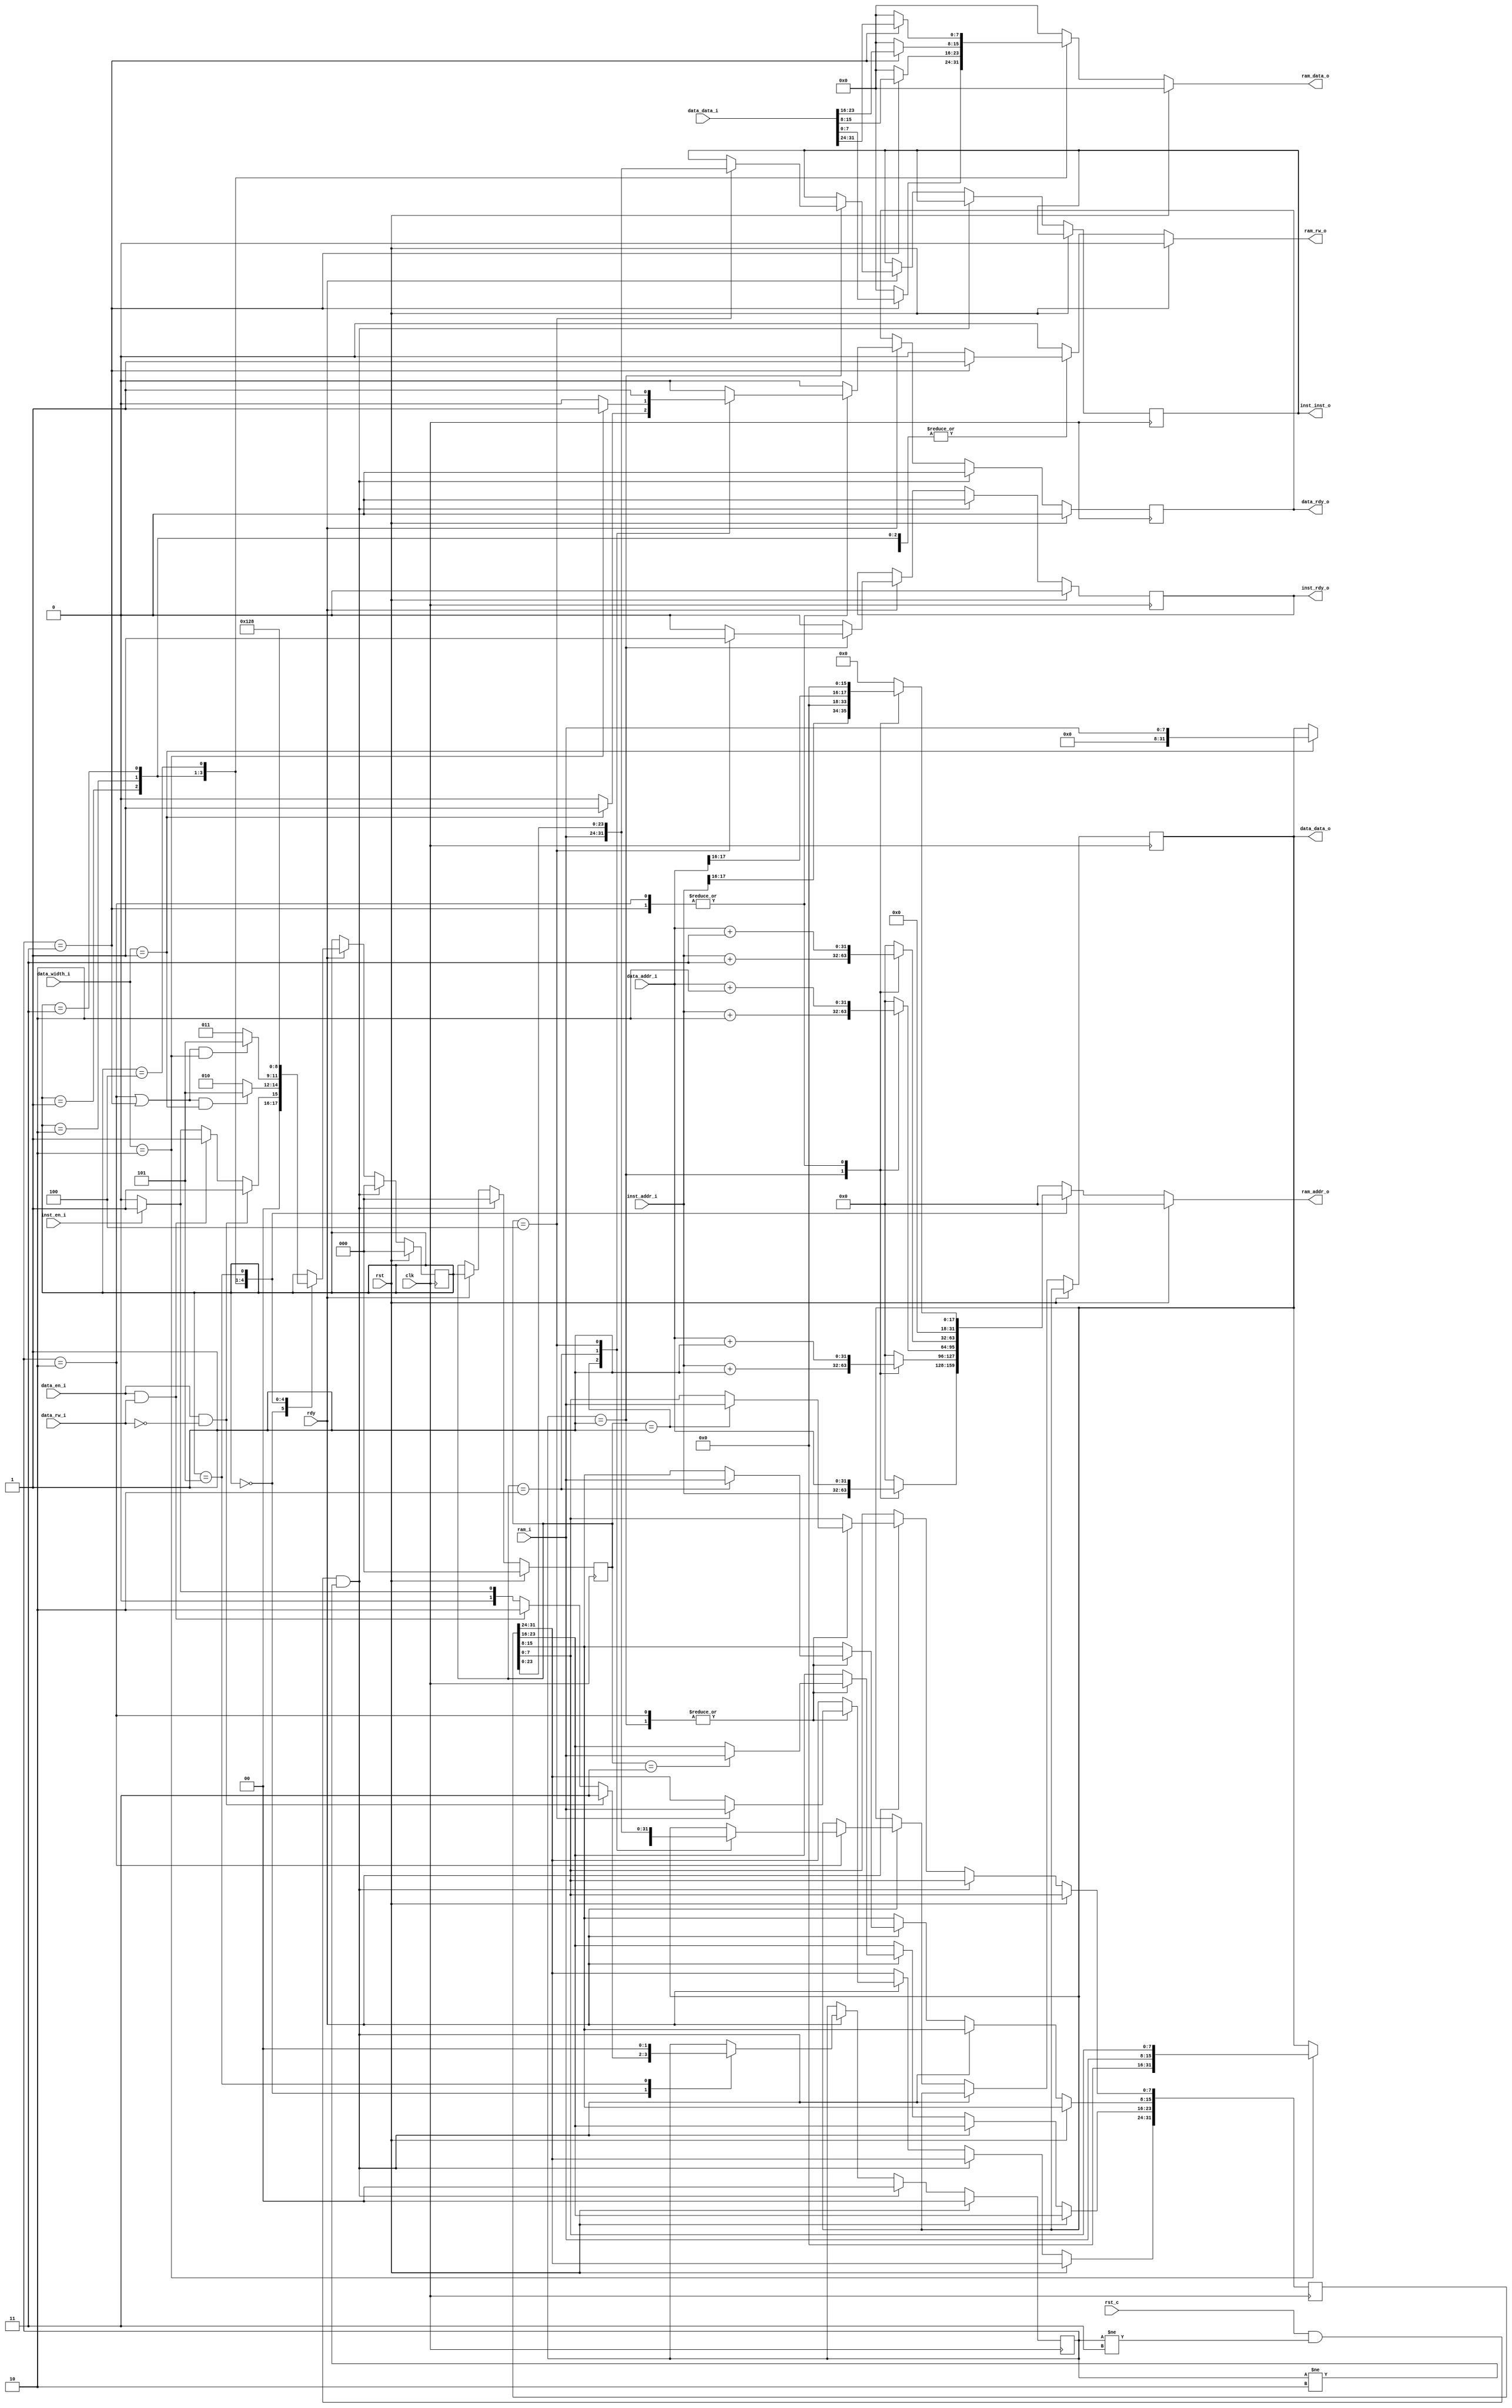
module ram_control(
    input wire clk,
    input wire rst,
    input wire rst_c,
    input wire rdy,
    //rinst
    input wire inst_en_i,
    input wire[31:0] inst_addr_i,
    output reg inst_rdy_o,
    output reg[31:0] inst_inst_o,
    //rdata
    input wire data_en_i,
    input wire data_rw_i,
    input wire[2:0] data_width_i,
    input wire[31:0] data_addr_i,
    input wire[31:0] data_data_i,
    output reg data_rdy_o,
    output reg[31:0] data_data_o,
    //ram
    input wire[7:0] ram_i,
    output reg ram_rw_o,
    output reg[31:0] ram_addr_o,
    output reg[7:0] ram_data_o
);

parameter IDLE = 3'b000;
parameter S0 = 3'b001;
parameter S1 = 3'b010;
parameter S2 = 3'b011;
parameter S3 = 3'b100;
parameter OK = 3'b101;

parameter None = 2'b00;
parameter Rinst = 2'b01;
parameter Rdata = 2'b10;
parameter Wdata = 2'b11;

reg[2:0] state, state_p;
reg[31:0] data_o;
reg[1:0] mod_p;

always @ (posedge clk) begin
    if (rst) begin
        inst_rdy_o <= 1'b0;
        data_rdy_o <= 1'b0;
    end
    else if (rst_c && mod_p != Wdata && mod_p != Rdata) begin
        inst_rdy_o <= 1'b0;
        data_rdy_o <= 1'b0;
    end
    else if (rdy) begin
        case (mod_p)
            Rinst: begin
                case (state_p)
                    S0: begin
                        data_o[7:0] <= ram_i;
                        inst_rdy_o <= 1'b0;
                        data_rdy_o <= 1'b0;
                    end
                    S1: begin
                        data_o[15:8] <= ram_i;
                        inst_rdy_o <= 1'b0;
                        data_rdy_o <= 1'b0;
                    end
                    S2: begin
                        data_o[23:16] <= ram_i;
                        inst_rdy_o <= 1'b0;
                        data_rdy_o <= 1'b0;
                    end
                    S3: begin
                        data_o[31:24] <= ram_i;
                        inst_rdy_o <= 1'b1;
                        inst_inst_o <= {ram_i, data_o[23:0]};
                        data_rdy_o <= 1'b0;
                    end
                    default: begin
                        inst_rdy_o <= 1'b0;
                        data_rdy_o <= 1'b0;
                    end
                endcase
            end
            Rdata: begin
                case (state_p)
                    S0: begin
                        data_o[7:0] <= ram_i;
                        inst_rdy_o <= 1'b0;
                        if (data_width_i == 3'h1) begin
                            data_rdy_o <= 1'b1;
                            data_data_o <= {23'b0, ram_i};
                        end
                        else begin
                            data_rdy_o <= 1'b0;
                        end
                    end
                    S1: begin
                        data_o[15:8] <= ram_i;
                        inst_rdy_o <= 1'b0;
                        if (data_width_i == 3'h2) begin
                            data_rdy_o <= 1'b1;
                            data_data_o <= {16'b0, ram_i, data_o[7:0]};
                        end
                        else begin
                            data_rdy_o <= 1'b0;
                        end
                    end
                    S2: begin
                        data_o[23:16] <= ram_i;
                        inst_rdy_o <= 1'b0;
                        data_rdy_o <= 1'b0;
                    end
                    S3: begin
                        data_o[31:24] <= ram_i;
                        inst_rdy_o <= 1'b0;
                        data_rdy_o <= 1'b1;
                        data_data_o <= {ram_i, data_o[23:0]};
                    end
                    default: begin
                        inst_rdy_o <= 1'b0;
                        data_rdy_o <= 1'b0;
                    end
                endcase
            end
            Wdata: begin
                case (state_p)
                    S0: begin
                        inst_rdy_o <= 1'b0;
                        if (data_width_i == 3'h1) begin
                            data_rdy_o <= 1'b1;
                        end
                        else begin
                            data_rdy_o <= 1'b0;
                        end
                    end
                    S1: begin
                        inst_rdy_o <= 1'b0;
                        if (data_width_i == 3'h2) begin
                            data_rdy_o <= 1'b1;
                        end
                        else begin
                            data_rdy_o <= 1'b0;
                        end
                    end
                    S2: begin
                        inst_rdy_o <= 1'b0;
                        data_rdy_o <= 1'b0;
                    end
                    S3: begin
                        inst_rdy_o <= 1'b0;
                        data_rdy_o <= 1'b1;
                    end
                    default: begin
                        inst_rdy_o <= 1'b0;
                        data_rdy_o <= 1'b0;
                    end
                endcase
            end
            default: begin
                inst_rdy_o <= 1'b0;
                data_rdy_o <= 1'b0;
            end
        endcase

    end
end

always @ (posedge clk) begin
    if (rst) begin
        state <= IDLE;
        state_p <= IDLE;
        mod_p <= None;
    end
    else if (rst_c && mod_p != Wdata && mod_p != Rdata) begin
        state <= IDLE;
        state_p <= IDLE;
        mod_p <= None;
    end
    else if (rdy) begin
        state_p <= state;
        case (state)
            IDLE: begin
                if (data_en_i && !data_rw_i) begin
                    mod_p <= Wdata;
                    state <= S0;
                end
                else if (data_en_i && data_rw_i) begin
                    mod_p <= Rdata;
                    state <= S0;
                end
                else if (inst_en_i) begin
                    mod_p <= Rinst;
                    state <= S0;
                end
                else begin
                    mod_p <= None;
                    state <= IDLE;
                end
            end
            S0: begin
                if ((mod_p == Rdata || mod_p == Wdata) && data_width_i == 3'h1)
                    state <= OK;
                else
                    state <= S1;
            end
            S1: begin
                if ((mod_p == Rdata || mod_p == Wdata) && data_width_i == 3'h2)
                    state <= OK;
                else
                    state <= S2;
            end
            S2: begin
                state <= S3;
            end
            S3: begin
                state <= OK;
            end
            OK: begin
                mod_p <= None;
                state <= IDLE;
            end
            default: ;
        endcase
    end
end

always @ (*) begin
    if (rst) begin
        ram_rw_o = 1'b0;
        ram_addr_o = 32'b0;
        ram_data_o = 8'b0;
    end
    else begin
        ram_rw_o = 1'b0;
        ram_addr_o = 32'b0;
        ram_data_o = 8'b0;
        case (state)
            S0: begin
                case (mod_p)
                    Rinst: begin
                        ram_rw_o = 1'b0;
                        ram_addr_o = inst_addr_i;
                        ram_data_o = 8'b0;
                    end
                    Rdata: begin
                        ram_rw_o = 1'b0;
                        ram_addr_o = data_addr_i;
                        ram_data_o = 8'b0;
                    end
                    Wdata: begin
                        ram_rw_o = 1'b1;
                        ram_addr_o = data_addr_i;
                        ram_data_o = data_data_i[7:0];
                    end
                    default: ;
                endcase
            end
            S1: begin
                case (mod_p)
                    Rinst: begin
                        ram_rw_o = 1'b0;
                        ram_addr_o = inst_addr_i + 32'h1;
                        ram_data_o = 8'b0;
                    end
                    Rdata: begin
                        ram_rw_o = 1'b0;
                        ram_addr_o = data_addr_i + 32'h1;
                        ram_data_o = 8'b0;
                    end
                    Wdata: begin
                        ram_rw_o = 1'b1;
                        ram_addr_o = data_addr_i + 32'h1;
                        ram_data_o = data_data_i[15:8];
                    end
                    default: ;
                endcase
            end
            S2: begin
                case (mod_p)
                    Rinst: begin
                        ram_rw_o = 1'b0;
                        ram_addr_o = inst_addr_i + 32'h2;
                        ram_data_o = 8'b0;
                    end
                    Rdata: begin
                        ram_rw_o = 1'b0;
                        ram_addr_o = data_addr_i + 32'h2;
                        ram_data_o = 8'b0;
                    end
                    Wdata: begin
                        ram_rw_o = 1'b1;
                        ram_addr_o = data_addr_i + 32'h2;
                        ram_data_o = data_data_i[23:16];
                    end
                    default: ;
                endcase
            end
            S3: begin
                case (mod_p)
                    Rinst: begin
                        ram_rw_o = 1'b0;
                        ram_addr_o = inst_addr_i + 32'h3;
                        ram_data_o = 8'b0;
                    end
                    Rdata: begin
                        ram_rw_o = 1'b0;
                        ram_addr_o = data_addr_i + 32'h3;
                        ram_data_o = 8'b0;
                    end
                    Wdata: begin
                        ram_rw_o = 1'b1;
                        ram_addr_o = data_addr_i + 32'h3;
                        ram_data_o = data_data_i[31:24];
                    end
                    default: ;
                endcase
            end
            OK: begin
                case (mod_p)
                    Rinst: begin
                        ram_rw_o = 1'b0;
                        ram_addr_o = {14'b0, inst_addr_i[17:16], 16'b0};
                        ram_data_o = 8'b0;
                    end
                    Rdata: begin
                        ram_rw_o = 1'b0;
                        ram_addr_o = {14'b0, data_addr_i[17:16], 16'b0};
                        ram_data_o = 8'b0;
                    end
                    Wdata: begin
                        ram_rw_o = 1'b1;
                        ram_addr_o = {14'b0, data_addr_i[17:16], 16'b0};
                        ram_data_o = 8'b0;
                    end
                    default: ;
                endcase
            end
            default: ;
        endcase
    end
end
endmodule // ram_control